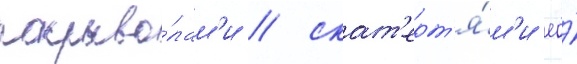
покрыва́лам'и / скат'ерт'я́м'и ео́